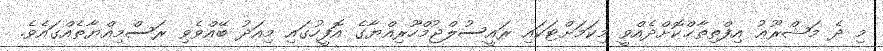
މި ދެ މަޝްރޫޢު އިފްތިތާޙްކޮށްދެއްވީ މިކަމަށްޓަކައި ރައީސުލްޖުމްހޫރިއްޔާގެ އޮފީހުގައި މިއަދު ބޭއްވެވި ރަސްމިއްޔާތެއްގައެވެ.